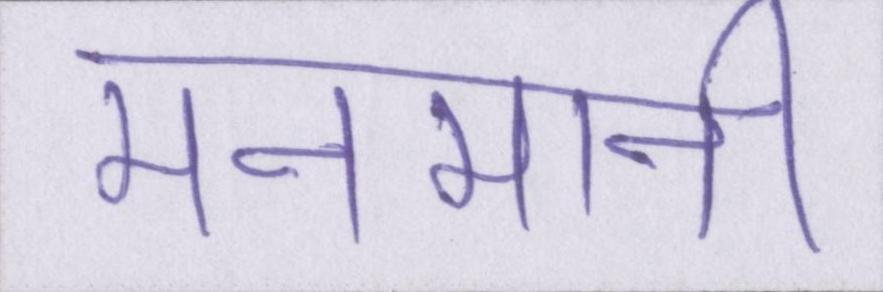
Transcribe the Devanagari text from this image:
मनमानी